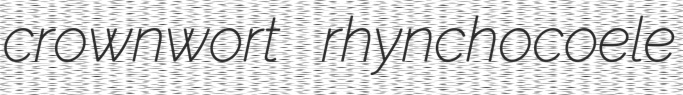
crownwort rhynchocoele